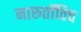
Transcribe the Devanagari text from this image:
नारुतॉविच